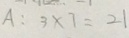
A : 3 \times 7 = 2 1